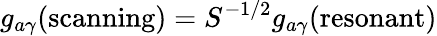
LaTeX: g_{a\gamma}(\textrm{scanning})=S^{-1/2}g_{a\gamma}(\textrm{resonant})